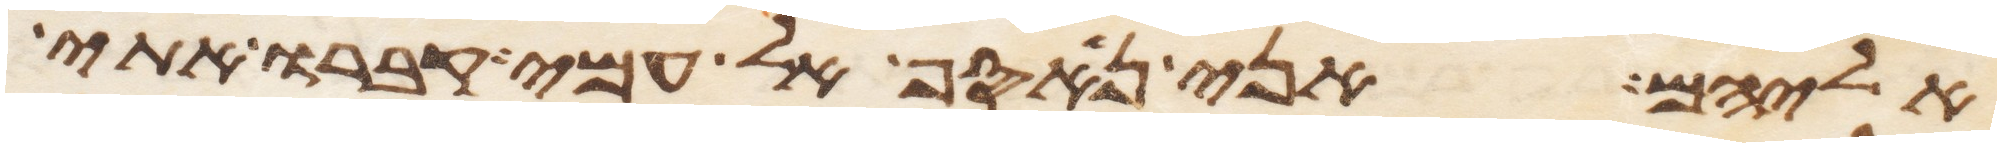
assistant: אליהם אני נאסף אל עמי קברו אתי